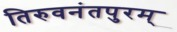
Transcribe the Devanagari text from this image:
तिरुवनंतपुरम्‌